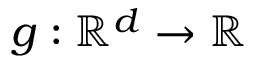
g : \mathbb { R } ^ { d } \rightarrow \mathbb { R }